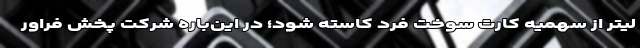
لیتر از سهمیه کارت سوخت فرد کاسته شود؛ در این‌باره شرکت پخش فراور